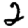
Digit: 2